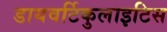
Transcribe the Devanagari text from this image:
डायवर्टिकुलाइटिस